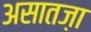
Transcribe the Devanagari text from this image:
असातज़ा